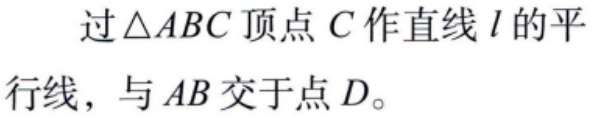
过\(\triangle ABC\)顶点\(C\)作直线\(l\)的平行线，与\(AB\)交于点\(D\)。